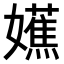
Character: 𫲔